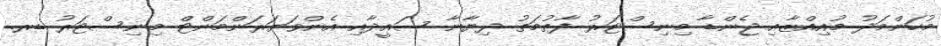
މުހަންމަދު މުއިއްޒާއި ޖެންޑާ މިނިސްޓަރު ފާތުމަތު ދިޔާނާ ސައީދާއި އެންވަޔަރަންމަންޓް މިނިސްޓަރު ޑރ.